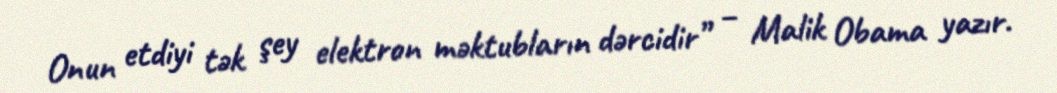
Onun etdiyi tək şey elektron məktubların dərcidir” – Malik Obama yazır.